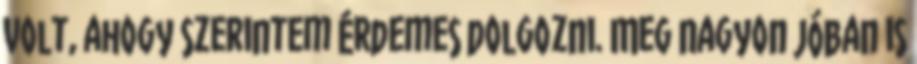
volt, ahogy szerintem érdemes dolgozni. Meg nagyon jóban is